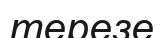
терезе